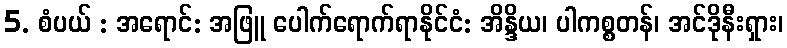
5. စံပယ် : အရောင်: အဖြူ ပေါက်ရောက်ရာနိုင်ငံ: အိန္ဒိယ၊ ပါကစ္စတန်၊ အင်ဒိုနီးရှား၊